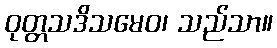
ဝုတ္တသဒိသမေဝ၊ သည်သာ။